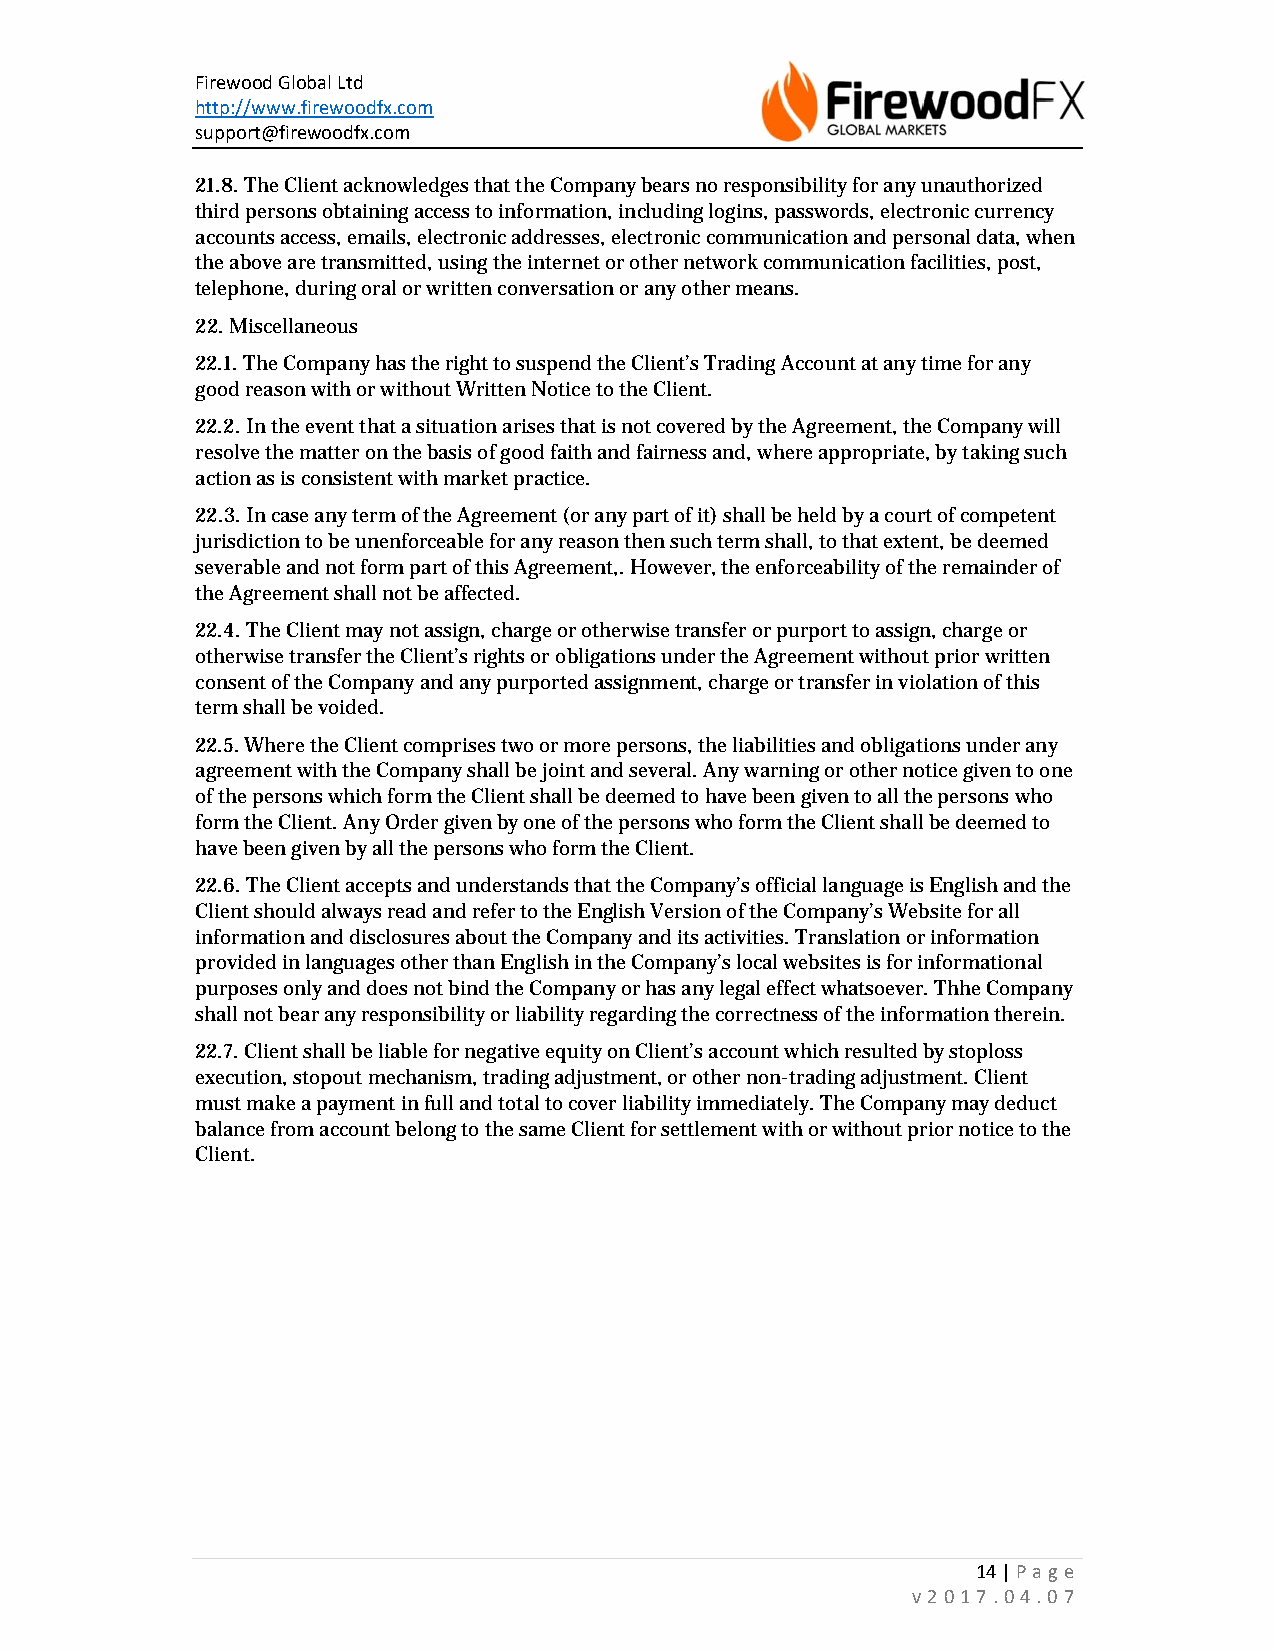
Firewood Global Ltd
 http://www.firewoodfx.com
 support@firewoodfx.com
 21.8. The Client acknowledges that the Company bears no responsibility for any unauthorized
 third persons obtaining access to information, including logins, passwords, electronic currency
 accounts access, emails, electronic addresses, electronic communication and personal data, when
 the above are transmitted, using the internet or other network communication facilities, post,
 telephone, during oral or written conversation or any other means.
 22. Miscellaneous
 22.1. The Company has the right to suspend the Client’s Trading Account at any time for any
 good reason with or without Written Notice to the Client.
 22.2. In the event that a situation arises that is not covered by the Agreement, the Company will
 resolve the matter on the basis of good faith and fairness and, where appropriate, by taking such
 action as is consistent with market practice.
 22.3. In case any term of the Agreement (or any part of it) shall be held by a court of competent
 jurisdiction to be unenforceable for any reason then such term shall, to that extent, be deemed
 severable and not form part of this Agreement,. However, the enforceability of the remainder of
 the Agreement shall not be affected.
 22.4. The Client may not assign, charge or otherwise transfer or purport to assign, charge or
 otherwise transfer the Client’s rights or obligations under the Agreement without prior written
 consent of the Company and any purported assignment, charge or transfer in violation of this
 term shall be voided.
 22.5. Where the Client comprises two or more persons, the liabilities and obligations under any
 agreement with the Company shall be joint and several. Any warning or other notice given to one
 of the persons which form the Client shall be deemed to have been given to all the persons who
 form the Client. Any Order given by one of the persons who form the Client shall be deemed to
 have been given by all the persons who form the Client.
 22.6. The Client accepts and understands that the Company’s official language is English and the
 Client should always read and refer to the English Version of the Company’s Website for all
 information and disclosures about the Company and its activities. Translation or information
 provided in languages other than English in the Company’s local websites is for informational
 purposes only and does not bind the Company or has any legal effect whatsoever. Thhe Company
 shall not bear any responsibility or liability regarding the correctness of the information therein.
 22.7. Client shall be liable for negative equity on Client’s account which resulted by stoploss
 execution, stopout mechanism, trading adjustment, or other non-trading adjustment. Client
 must make a payment in full and total to cover liability immediately. The Company may deduct
 balance from account belong to the same Client for settlement with or without prior notice to the
 Client.
 14 | Page
 v2017.04.07